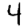
Digit: 4